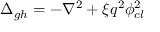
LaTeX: \Delta _ { g h } = - \nabla ^ { 2 } + \xi q ^ { 2 } \phi _ { c l } ^ { 2 }